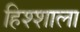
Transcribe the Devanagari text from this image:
हिश्शाला